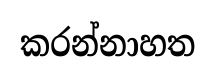
කරන්නාහත